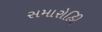
સમારોહિી